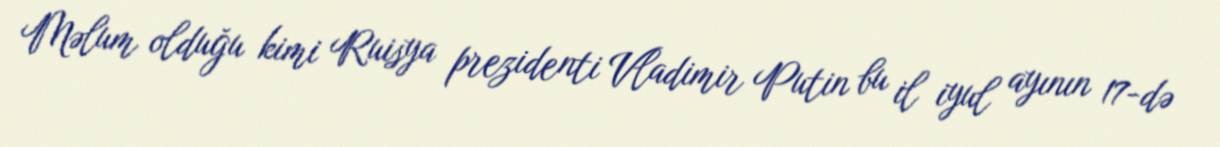
Məlum olduğu kimi Ruisya prezidenti Vladimir Putin bu il iyul ayının 17-də